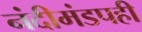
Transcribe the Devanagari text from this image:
नंदीमंडपही